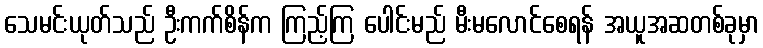
သေမင်းယုတ်သည် ဦးကက်စိန်က ကြည့်ကြ ပေါင်းမည် မီးမလောင်စေရန် အယူအဆတစ်ခုမှာ